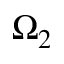
\Omega _ { 2 }